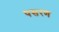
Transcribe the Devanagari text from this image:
पसरण